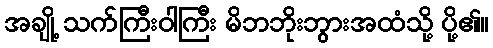
အချို့ သက်ကြီးဝါကြီး မိဘဘိုးဘွားအထံသို့ ပို့၏။